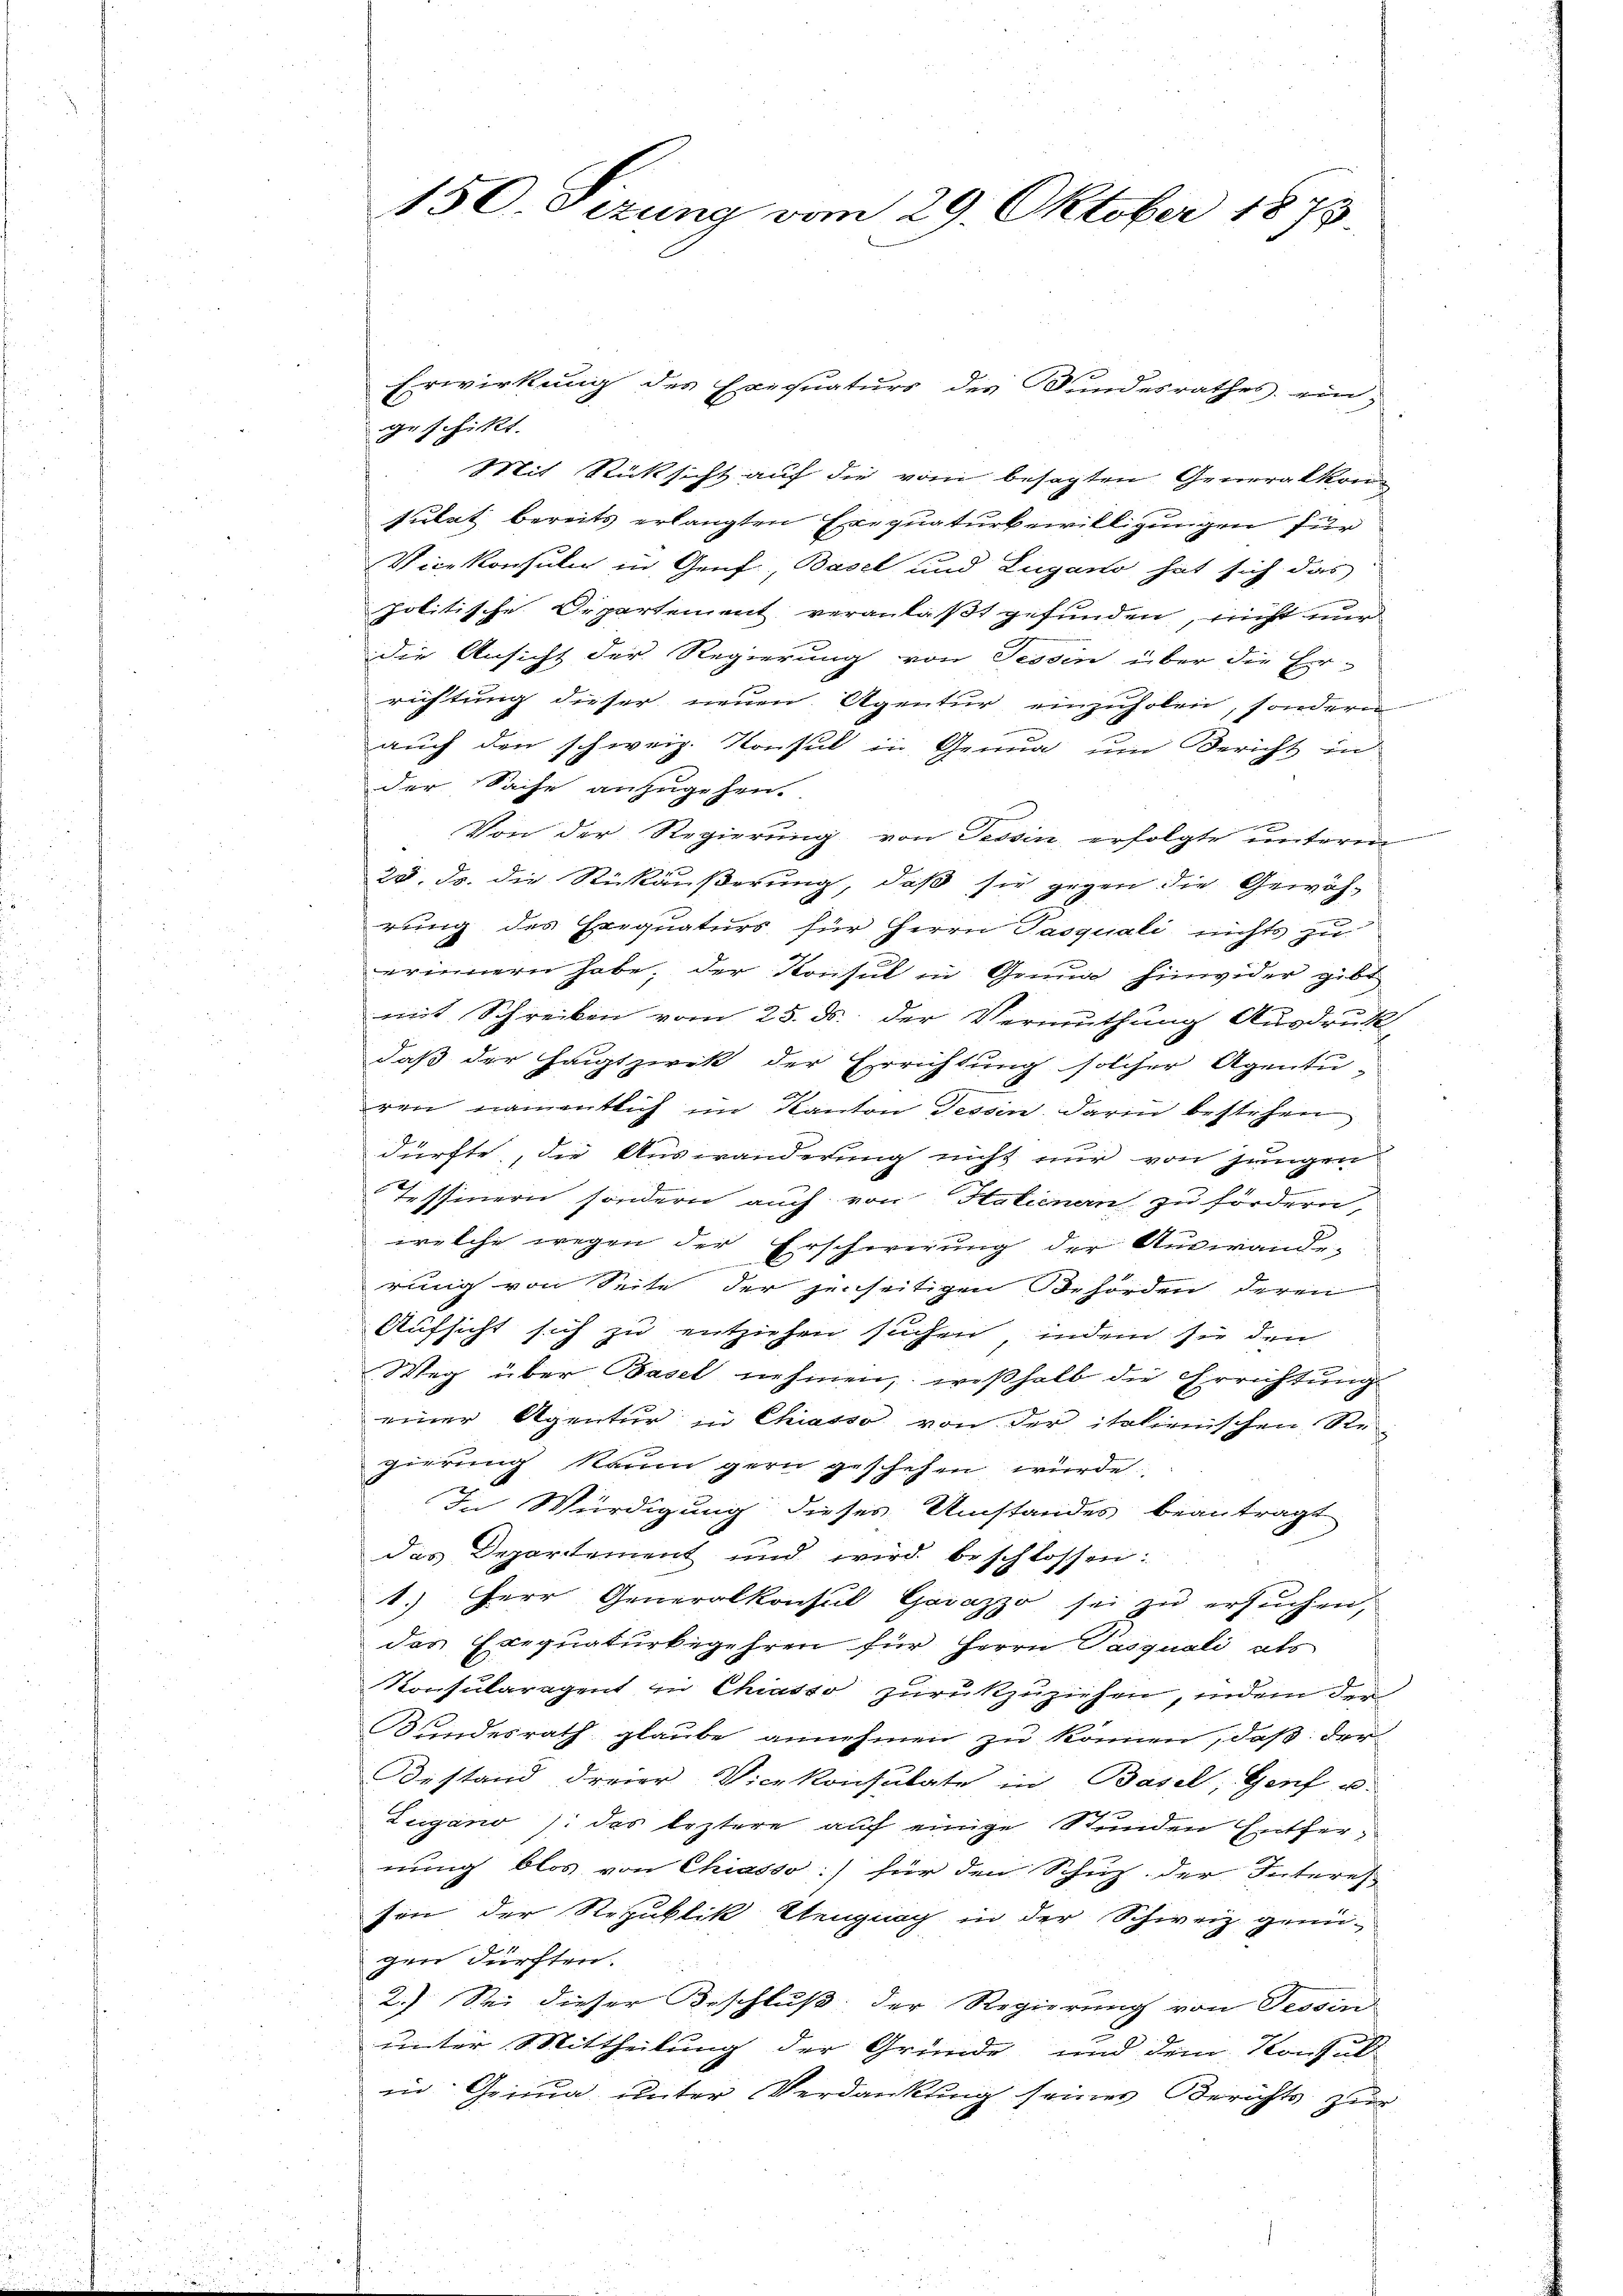
150. Sizung vom 29. Oktober 1873.

Erwirkung des Exequaturs des Bundesrathes ein-
geschikt.
Mit Rücksicht auf die vom besagten Generalkomsulat bereits erlangten Exequaturbewilligungen für
Vicekonsul in Genf, Basel und Lugano hat sich das
politische Departement veranlaßt gefunden, nicht nur
die Ansicht der Regierung von Tessin über die Er-
richtung dieser neuen Agentur einzuholen, sondern
auch den schweiz. Konsul in Genua um Bericht in
der Sache anzugehen.
Von der Regierung von Tessin, erfolgte unterm
25. ds. die Rückäußerung, daß sie gegen die Gewährung des Exequaturs für Herrn Pasquali nichts zu
erinnern habe; der Konsul in Genua hinwider gibt
mit Schreiben vom 25. ds. der Vermuthung Ausdruck
daß der Hauptzwek der Errichtung solcher Agentu-
ren namentlich im Kanton Tessin darin bestehen
dürfte, die Auswanderung nicht nur von jungen
Tessinern sondern auch von Halienen zu fördern,
welche wegen der Erschwerung der Auswande¬
.
rung von Seite der jenseitigen Behörden, deren
Aufsicht sich zu entziehen suchen, indem sie den
Weg über Basel nehmen, weßhalb die Errichtung
einer Agentur in Chiasso von der italienischen Re-
gierung kaum gern geschehen würde.
In Würdigung dieses Umstandes beantragt
das Departement und wird beschlossen:
1.) Herr Generalkonsul Gavazzo sei zu ersuchen,
des Exequaturbegehren für Herrn Pasquali als
Konsularagent zu Chiasso zurükzuziehen, indem den
Kundesrath glaube annehmen zu können, daß der
Bestand dreier Vicekonsulate in Basel, Genf u.
Lugano /: das leztere auf einige Stunden Entfernung blos von Chiasso:/ für den Schup der Interes
son der Republik Elengnach in der Schweiz genügen dürften.
2.) Sei dieser Beschluß: der Regierung von Tessin
unter Mittheilung der Gründe und dem Konsul
in Genua unter Verdankung seiner Berichts zur